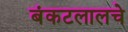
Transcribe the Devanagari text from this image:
बंकटलालचे